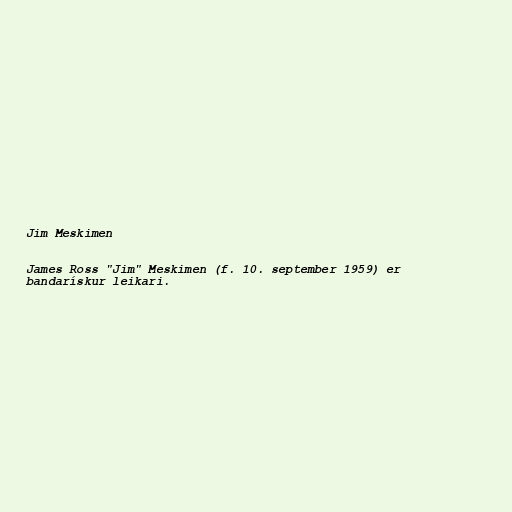
Jim Meskimen

James Ross "Jim" Meskimen (f. 10. september 1959) er
bandarískur leikari.